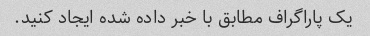
یک پاراگراف مطابق با خبر داده شده ایجاد کنید.